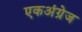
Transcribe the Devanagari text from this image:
एकअंग्रेज